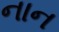
નાન